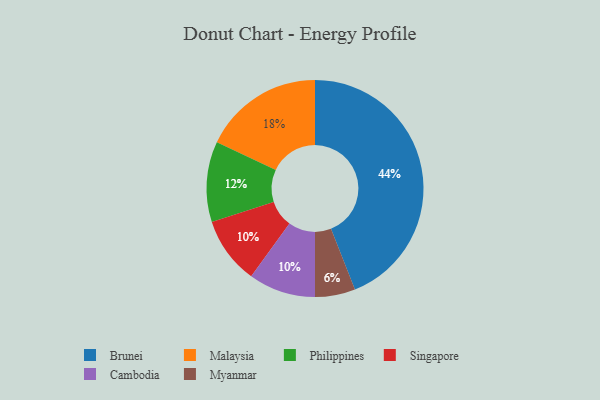
{"axis": {"x": "Category", "y": "Percentage"}, "legend": ["Brunei", "Cambodia", "Malaysia", "Myanmar", "Philippines", "Singapore"], "data": [{"x": "Myanmar", "y": 6, "type": "Myanmar"}, {"x": "Philippines", "y": 12, "type": "Philippines"}, {"x": "Malaysia", "y": 18, "type": "Malaysia"}, {"x": "Singapore", "y": 10, "type": "Singapore"}, {"x": "Cambodia", "y": 10, "type": "Cambodia"}, {"x": "Brunei", "y": 44, "type": "Brunei"}]}